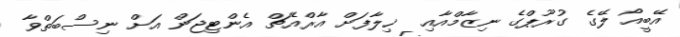
އޭބީއޯ ލޭގެ ގުރޫޕްގެ ނިޒާމްއާއި  ޚިލާފަށް އާރްއެޗް އެންޓިޖަން އަށް ނިސްބަތްވާ